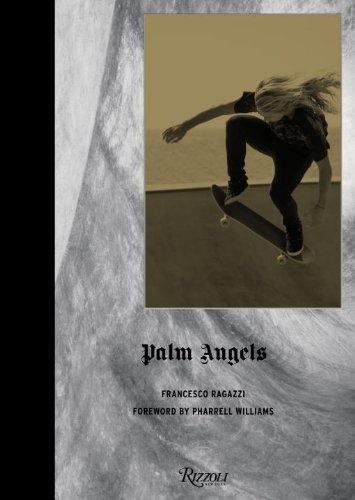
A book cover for Palm Angels; Francesco Ragazzi; Sports & Outdoors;